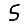
Digit: 5